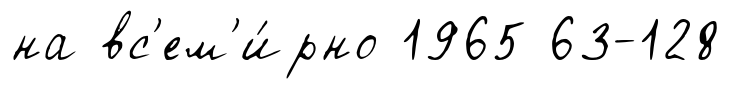
на вс'ем'и́рно 1965 63-128